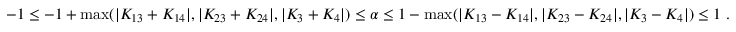
\begin{array} { r } { - 1 \le - 1 + \operatorname* { m a x } ( \vert K _ { 1 3 } + K _ { 1 4 } \vert , \vert K _ { 2 3 } + K _ { 2 4 } \vert , \vert K _ { 3 } + K _ { 4 } \vert ) \le \alpha \le 1 - \operatorname* { m a x } ( \vert K _ { 1 3 } - K _ { 1 4 } \vert , \vert K _ { 2 3 } - K _ { 2 4 } \vert , \vert K _ { 3 } - K _ { 4 } \vert ) \le 1 \; . } \end{array}